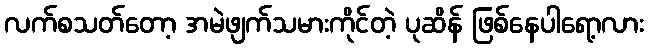
လက်စသတ်တော့ အမဲဖျက်သမားကိုင်တဲ့ ပုဆိန် ဖြစ်နေပါရော့လား